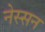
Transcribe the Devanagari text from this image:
नेस्‍सन